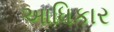
આધિકાર